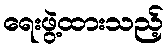
ရေးဖွဲ့ထားသည့်